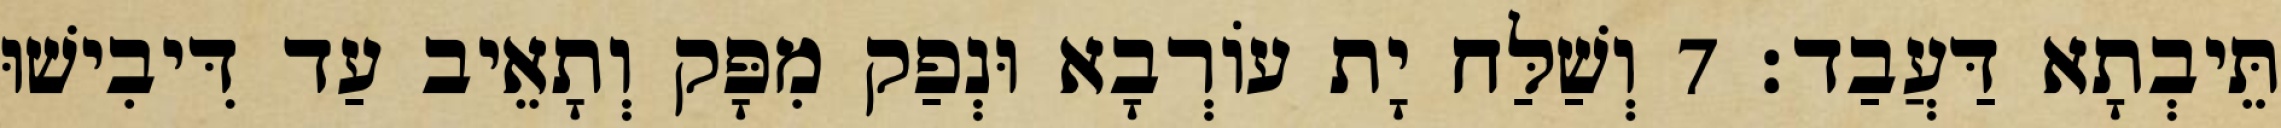
תֵּיבְתָא דַּעֲבַד׃ 7 וְשַׁלַּח יָת עוֹרְבָא וּנְפַק מִפָּק וְתָאֵיב עַד דִּיבִישׁוּ